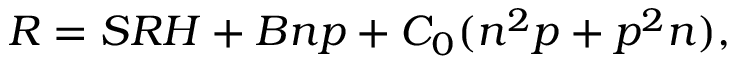
R = S R H + B n p + C _ { 0 } ( n ^ { 2 } p + p ^ { 2 } n ) ,